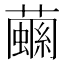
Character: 𧁧